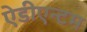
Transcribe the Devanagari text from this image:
ऐडीएन्टम